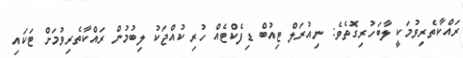
ރައްކާތެރިވުމަކީ ލާބަހުރިގޮތެވެ: ނިއުރަލް ޓިއުބް ޑިފެކްޓެއް ހުރި ކުއްޖަކު ލިބުމުން ރައްކާތެރިވުމަށް ޓަކައި